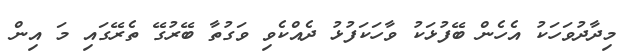
މިދާދުވަހަކު އެހެން ބޭފުޅަކު ވާހަކަފުޅު ދެއްކެވި ވަގުތާ ބޭރުގޭ ތެރޭގައި މަ އިން